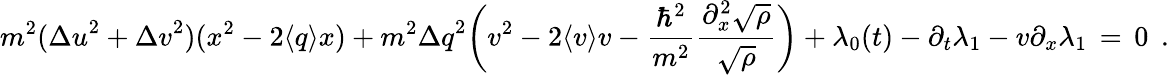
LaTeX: m^{2}({\Delta u}^{2}+{\Delta v}^{2})(x^{2}-2\langle q\rangle x)+m^{2}{\Delta q}^{2}\bigg(v^{2}-2\langle v\rangle v-\frac{\hbar^{2}}{m^{2}}\frac{\partial_{x}^{2}\sqrt{\rho}}{\sqrt{\rho}}\bigg)+\lambda_{0}(t)-\partial_{t}\lambda_{1}-v\partial_{x}\lambda_{1}\, =\, 0\; \, .